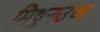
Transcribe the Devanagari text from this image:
मिथुनउच्च